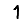
Digit: 1